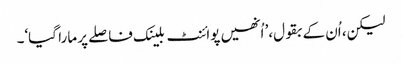
لیکن، اُن کے بقول،’ اُنھیں پوائنٹ بلینک فاصلے پر مارا گیا‘۔